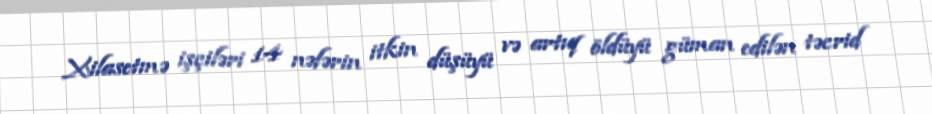
Xilasetmə işçiləri 14 nəfərin itkin düşüyü və artıq öldüyü güman edilən təcrid